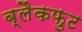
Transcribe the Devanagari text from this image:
ब्लैकफुट